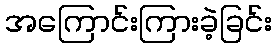
အကြောင်းကြားခဲ့ခြင်း